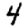
Digit: 4